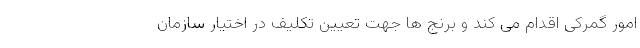
امور گمرکی اقدام می کند و برنج ها جهت تعیین تکلیف در اختیار سازمان